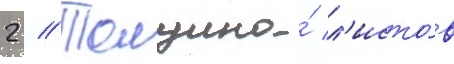
2 // Толщина́ л'исто́в